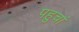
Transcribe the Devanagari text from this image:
पहुचां